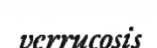
verrucosis